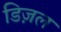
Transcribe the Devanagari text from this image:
डिज़ल